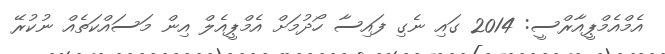
އެމްއެމްޕީއާރްސީ: 2014 ގައި ނެގި ފައިސާ ހޯދުމަށް އެމްޕީއެލް އިން މަސައްކަތެއް ނުކުރޭ